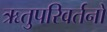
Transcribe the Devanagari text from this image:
ऋतुपरिवर्तनों